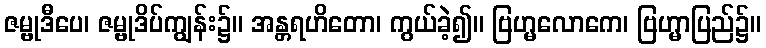
ဇမ္ဗုဒီပေ၊ ဇမ္ဗုဒိပ်ကျွန်း၌။ အန္တရဟိတော၊ ကွယ်ခဲ့၍။ ဗြဟ္မလောကေ၊ ဗြဟ္မာပြည်၌။